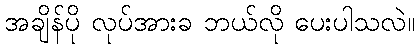
အချိန်ပို လုပ်အားခ ဘယ်လို ပေးပါသလဲ။